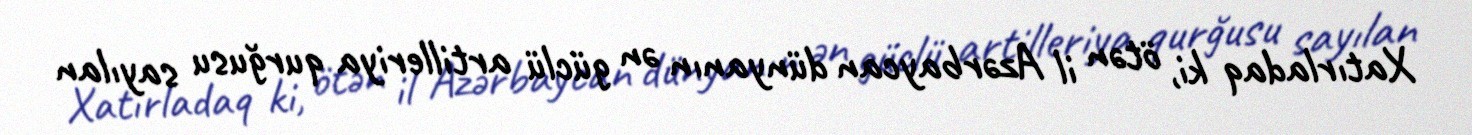
Xatırladaq ki, ötən il Azərbaycan dünyanın ən güclü artilleriya qurğusu sayılan